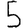
Digit: 5